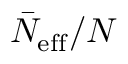
\bar { N } _ { \mathrm { e f f } } / N